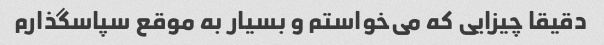
دقیقا چیزایی که می‌خواستم و بسیار به موقع سپاسگذارم